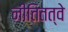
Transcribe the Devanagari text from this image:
नीतितत्वे